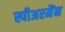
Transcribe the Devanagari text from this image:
स्पीअरमैंन